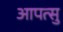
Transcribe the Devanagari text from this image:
आपत्सु